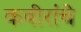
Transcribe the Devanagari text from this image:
कबीरांचे